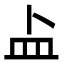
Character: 盀